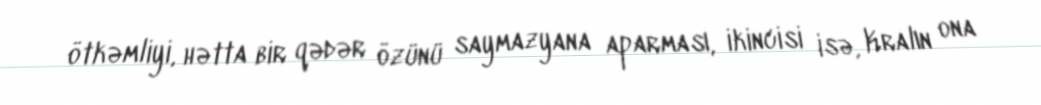
ötkəmliyi, hətta bir qədər özünü saymazyana aparması, ikincisi isə, Kralın ona